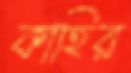
কাহির